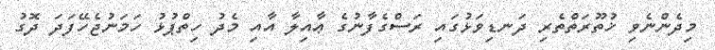
މިދެންނެވި ޚުތޫރަތްތެރި ދަނޑިވަޅުގައި ރަސްގެފާނުގެ ޢާއިލާ އާއި މެދު ހިތްޕުޅު ހަމަނުޖެހޭފަދަ ދޮގު